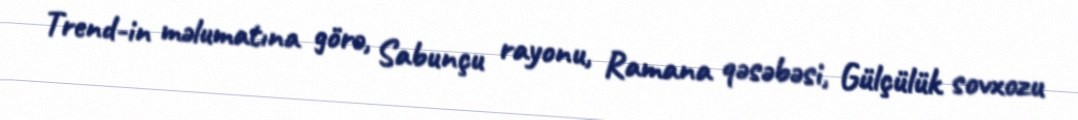
Trend-in məlumatına görə, Sabunçu rayonu, Ramana qəsəbəsi, Gülçülük sovxozu